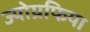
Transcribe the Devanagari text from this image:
ज्योग्रफिया